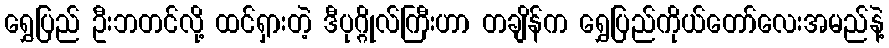
ရွှေပြည် ဦးဘတင်လို့ ထင်ရှားတဲ့ ဒီပုဂ္ဂိုလ်ကြီးဟာ တချိန်က ရွှေပြည်ကိုယ်တော်လေးအမည်နဲ့